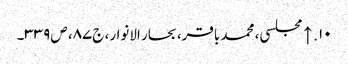
۱۰. ↑ مجلسی، محمد باقر، بحار الانوار، ج‌۸۷، ص‌۳۳۹۔